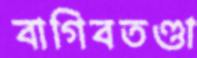
বাগিবতণ্ডা